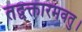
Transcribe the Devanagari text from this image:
तद्वक्तारमवतु।